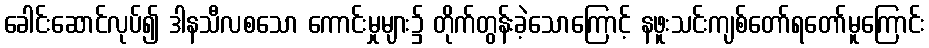
ခေါင်းဆောင်လုပ်၍ ဒါနသီလစသော ကောင်းမှုများ၌ တိုက်တွန်းခဲ့သောကြောင့် နဖူးသင်းကျစ်တော်ရတော်မူကြောင်း